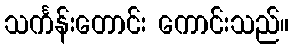
သင်္ကန်းတောင်း ကောင်းသည်။